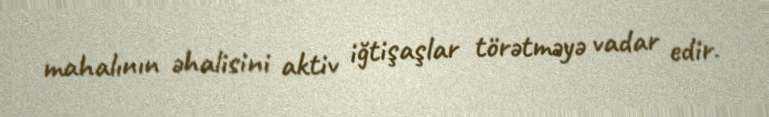
mahalının əhalisini aktiv iğtişaşlar törətməyə vadar edir.